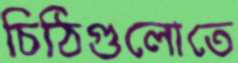
চিঠিগুলোতে